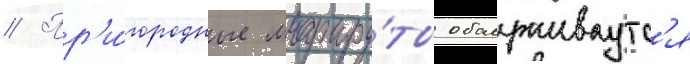
// Пр'и́городные маршру́ты обслуживаутс'я